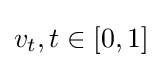
v_{t},t\in [0,1]